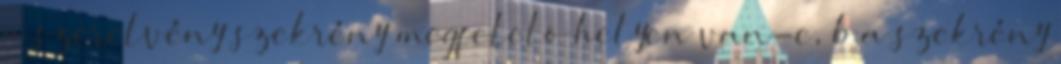
a szerelvény szekrény megfelelõ helyen van-e, b a szekrény